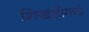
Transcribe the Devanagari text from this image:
शिखंडीकडे